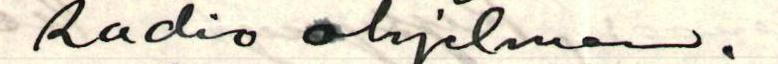
Radio ohjelmaan.